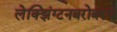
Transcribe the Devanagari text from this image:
लेक्झिंग्टनबरोबरच